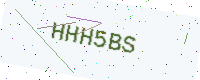
Text: HHH5BS